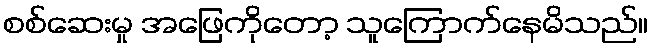
စစ်ဆေးမှု အဖြေကိုတော့ သူကြောက်နေမိသည်။